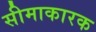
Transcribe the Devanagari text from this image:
सीमाकारक